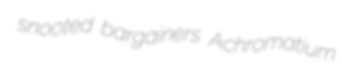
snooted bargainers Achromatium